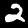
Label: 2